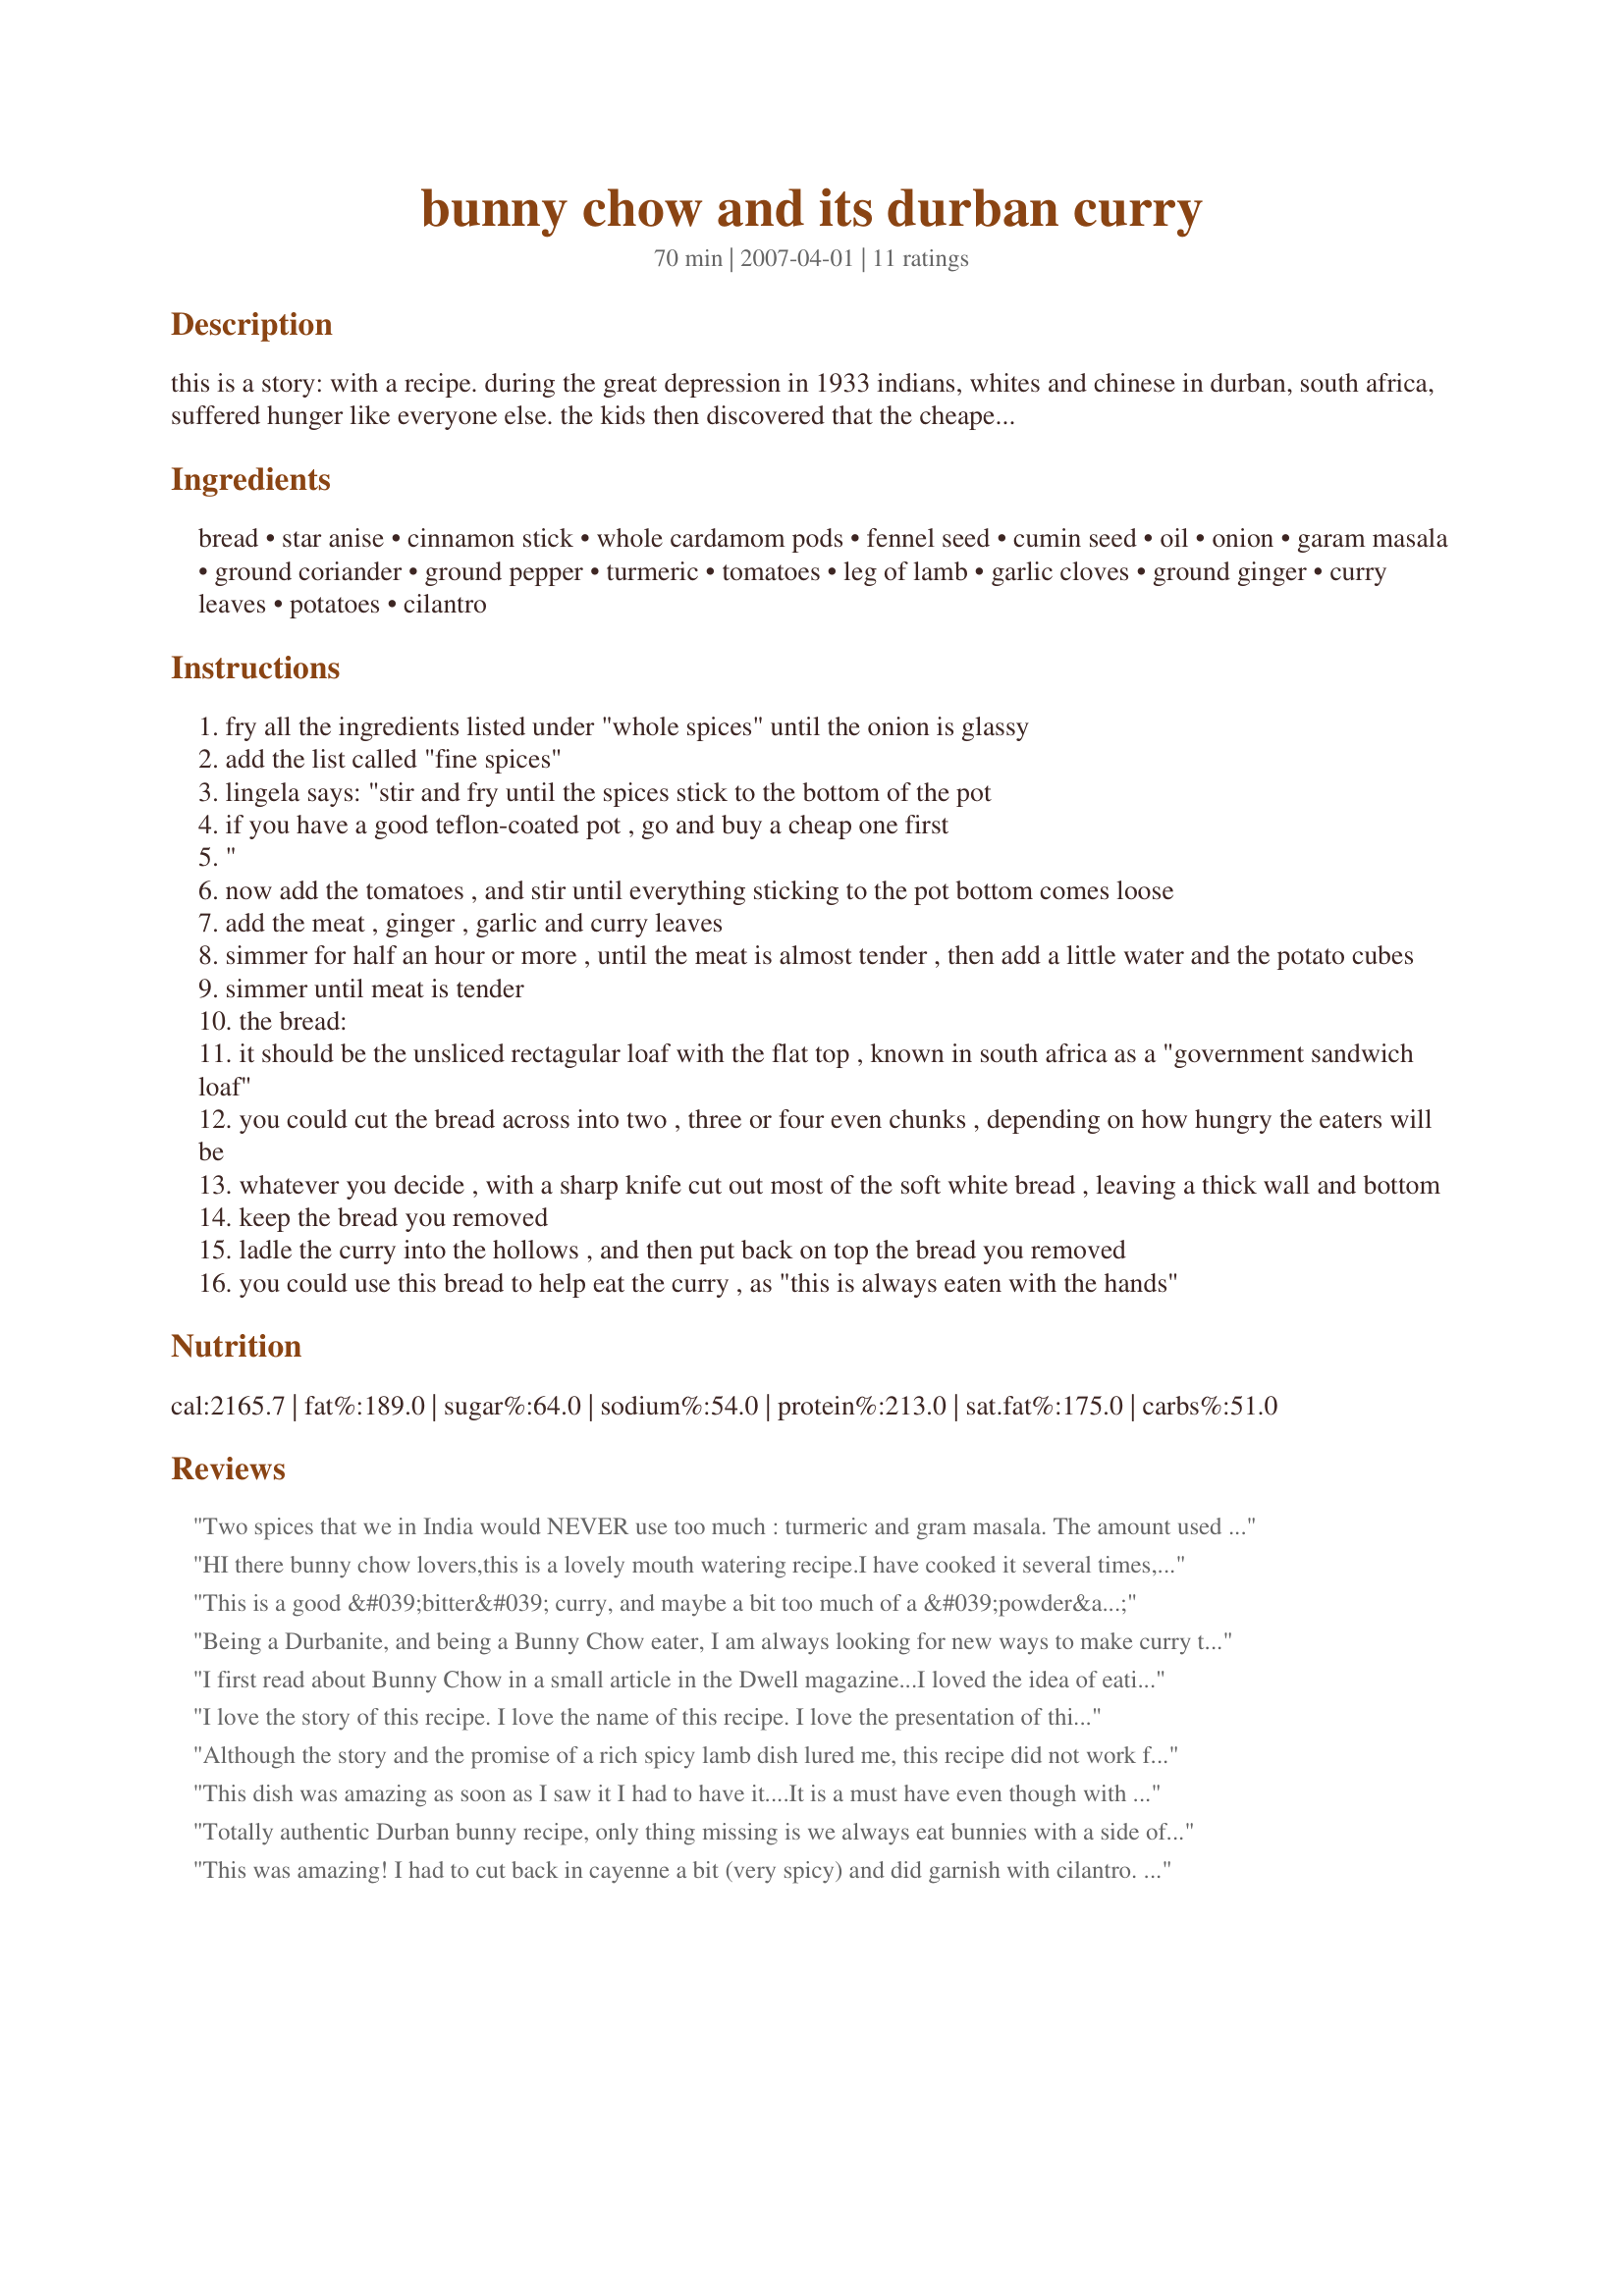
bunny chow and its durban curry
Preparation time: 70 minutes

this is a story: with a recipe. during the great depression in 1933 indians, whites and chinese in durban, south africa, suffered hunger like everyone else. the kids then discovered that the cheapest curry they could buy (for a quarter penny or half a penny) was made by a vegetarian indian caste known in durban slang as the bania. it was made from dried sugarbeans (no meat). the children didn't have plates, and one kid got the bright idea to hollow out a quarter bread, asked the seller to put the bean curry in the hollowed-out bread, and then used the broken bread he's taken out as a sort of eating utensil. chinese food was called "chow". somehow the two words came together: bania chow. in time it simply became known as bunny chow. bunny chow was what the indian sugar plantation workers took as their day's food to the lands: curry in hollowed-out bread halves. cheap and practical ... today it does not matter what your skin colour or station in life is: durbanites and people from the kwa-zulu-natal province love their bunny chow ... for this story and the recipe he managed to get from "the mysterious lingela" who makes bunny chows daily, i am indebted to "kitchenboy". should he happen upon this story, he'll know who he is ... thanks, braam!

Ingredients:
bread, star anise, cinnamon stick, whole cardamom pods, fennel seed, cumin seed, oil, onion, garam masala, ground coriander, ground pepper, turmeric, tomatoes, leg of lamb, garlic cloves, ground ginger, curry leaves, potatoes, cilantro

Steps:
fry all the ingredients listed under "whole spices" until the onion is glassy
add the list called "fine spices"
lingela says: "stir and fry until the spices stick to the bottom of the pot
if you have a good teflon-coated pot , go and buy a cheap one first
"
now add the tomatoes , and stir until everything sticking to the pot bottom comes loose
add the meat , ginger , garlic and curry leaves
simmer for half an hour or more , until the meat is almost tender , then add a little water and the potato cubes
simmer until meat is tender
the bread:
it should be the unsliced rectagular loaf with the flat top , known in south africa as a "government sandwich loaf"
you could cut the bread across into two , three or four even chunks , depending on how hungry the eaters will be
whatever you decide , with a sharp knife cut out most of the soft white bread , leaving a thick wall and bottom
keep the bread you removed
ladle the curry into the hollows , and then put back on top the bread you removed
you could use this bread to help eat the curry , as "this is always eaten with the hands"

Reviews:
Two spices that we in India would NEVER use too much : turmeric and gram masala. The amount used in this recipe is WAY too much!
HI there bunny chow lovers,this is a lovely mouth watering recipe.I have cooked it several times,but to really enhance the flavour you must include garlic,in fact at least two cloves crushed garlic added towards the end of the cooking time brings all the flavour to the fore.I also add during cooking time a half a cup of fresh cut corrianda,man you will love it. <br/><br/>Lou Corbitt.
This is a good &#039;bitter&#039; curry, and maybe a bit too much of a &#039;powder&#039; taste. I&#039;d suggest to reduce the 3 tablespoons of garam masala to 3 teaspoons. Adding a large chopped carrot improves the taste. Remember to add salt afterwards, and quite a bit. I simmer the meat only for 10min and then pressure cook for 15min after adding the water, potatoes and carrots, and everything turns out super soft and succulent. Add a dollop of chutney to the side after dishing up to break the bitter taste for those who are used to the sweeter curry&#039;s. This recipe also works with chicken, perhaps exchanging the water for a good liquid chicken stock.
Being a Durbanite, and being a Bunny Chow eater, I am always looking for new ways to make curry to have as a Bunny Chow. My family loves it and it is filling.

I was so happy to see a Bunny Chow recipe here, I instantly made it. It was wonderful, tasty, and not too "hot". The only thing I added was Carrots. MAny thanks for sharing this recipe, it was wonderful and I will definately use it again.
I first read about Bunny Chow in a small article in the Dwell magazine...I loved the idea of eating out of a bread bowl. The recipe that I saw has stayed with me to the point that one night while shopping, I bought a jar of Mango curry sauce and bought some chicken breasts with a small loaf of French bread and I made a quick curry. My ''fussy'' teenage daughter loved it, what can I say more... I have been searching for other types of curries to try this recipe again :)
I love the story of this recipe. I love the name of this recipe. I love the presentation of this recipe. I think once I find that perfect curry that everyone in my family loves, this will be the only way I will want to serve it! :) Unfortunately this particular curry was not to our taste. The kids and I thought it was too spicy (and I was wondering how it got so spicy from a smidge of cayenne!). The hotheads of the family thought it needed to be MORE spicy. I did have a couple of problems making it. First, I could not find curry leaves. I didn't know that there was an actual curry plant (I thought it was just the name of a type of blend). I went to 3 different grocery stores ranging from cheap ethnic to suburbanite to all organic and not one of them had any. So I substituted bay, which I know means that what we tasted is not what you would. Also, with the amount of oil and the oil coming out of the whole spices, I could not get my spices to stick! lol I waited, I stirred, I waited, I stirred, finally I had to get the dish going so my family could eat. :) I don't think it hurt the dish too much, as there was a rich texture of flavor to this dish, very intensely spiced. Thank you for posting, made for ZWT4.
Although the story and the promise of a rich spicy lamb dish lured me, this recipe did not work for me. It was coming along nicely until I tried to "stir and fry until the spices stick to the bottom of the pot"; the spices never stuck, and I think they burnt in the process; I'm wondering if it's because of the 1/2 cup of oil? When I've tried recipes like this in the past, they've called for 3 tablespoons of oil, most of which gets absorbed into the spices! I'm just guessing here! I did make my own recipe #13470, and I substituted kaffir lime leaves for the curry leaves, which were not available in my area. Sorry, Zurie! Made for ZWT4.
This dish was amazing as soon as I saw it I had to have it....It is a must have even though with the whole spices I added 3 chillis... still was not hot enough but it did the trick... thank you for the awesome recipe
Totally authentic Durban bunny recipe, only thing missing is we always eat bunnies with a side of sambal. Grated carrot, chopped green chillies and soaked in white vinegar. You can also add chopped onion and chopped coriander to this for a bit of variety and all!
This was amazing! I had to cut back in cayenne a bit (very spicy) and did garnish with cilantro. Terrific!
Great recipe, tried and tested a few times now, blooming marvelous! many thanks matey :-)
